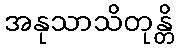
အနုသာသိတုန္တိ